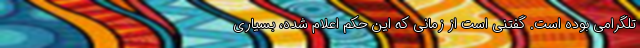
تلگرامی بوده است. گفتنی است از زمانی که این حکم اعلام شده، بسیاری